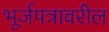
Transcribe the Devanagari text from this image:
भूर्जपत्रावरील